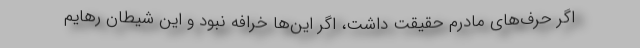
اگر حرف‌های مادرم حقیقت داشت، اگر این‌ها خرافه نبود و این شیطان رهایم